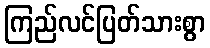
ကြည်လင်ပြတ်သားစွာ